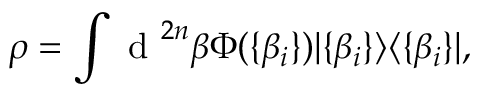
\rho = \int \mathrm { ~ d ~ } ^ { 2 n } \beta \Phi ( \{ \beta _ { i } \} ) | \{ \beta _ { i } \} \rangle \langle \{ \beta _ { i } \} | ,